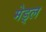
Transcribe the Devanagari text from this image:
मेड्ल